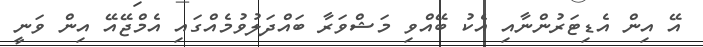
އޭ އިން އެޑިޓަރުންނާއި އެކު ބޭއްވި މަޝްވަރާ ބައްދަލުވުމެއްގައި އެމްޖޭއޭ އިން ވަނީ